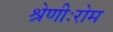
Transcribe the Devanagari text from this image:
श्रेणीःरोम